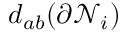
d _ { a b } ( \partial \mathcal N _ { i } )